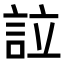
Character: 𧦰